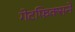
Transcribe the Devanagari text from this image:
गेटफिक्सने